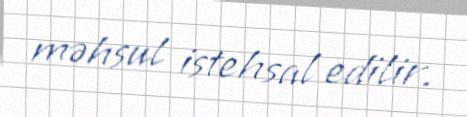
məhsul istehsal edilir.